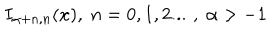
I _ { \alpha + n , n } ( x ) , \; n = 0 , 1 , 2 . . . \, \, , \; \alpha > - 1